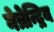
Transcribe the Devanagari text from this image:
नेत्रेन्द्रिय